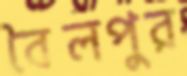
বৈলপুর